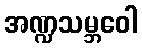
အဏ္ဍသမ္ဘဝေါ